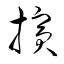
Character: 擯